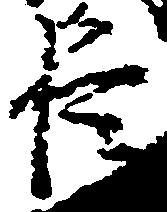
臣